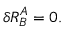
\delta R _ { B } ^ { A } = 0 .